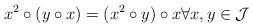
LaTeX: \begin{align*} x^2 \circ(y \circ x) = (x^2 \circ y) \circ x \forall x, y \in \mathcal{J}\end{align*}